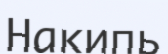
Накипь